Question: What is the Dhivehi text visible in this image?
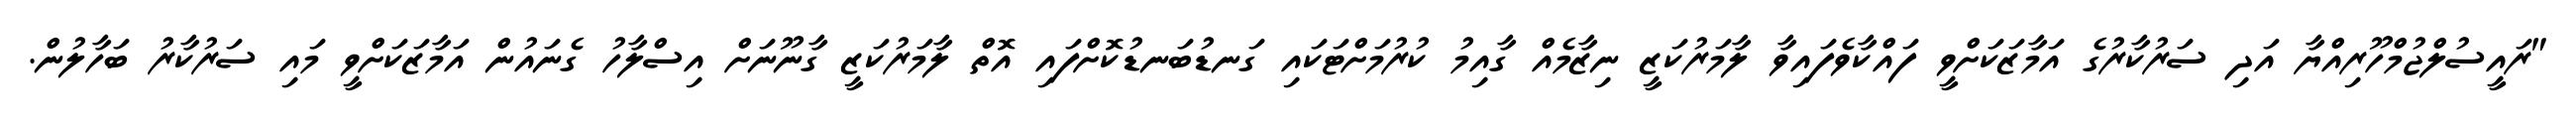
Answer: "ރައީސުލްޖުމްހޫރިއްޔާ އަދި ސަރުކާރުގެ އަމާޒަކަށްވީ ފައްކާވެފައިވާ ލާމަރުކަޒީ ނިޒާމެއް ގާއިމު ކުރުމަށްޓަކައި ގަނޑުބަނޑުކޮށްފައި އޮތް ލާމަރުކަޒީ ގާނޫނަށް އިސްލާހު ގެނައުން އަމާޒަކަށްވީ މައި ސަރުކާރު ބަހާލުން.